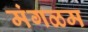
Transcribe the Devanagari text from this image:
मंगळम